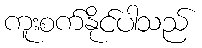
ကူးစက်နိုင်ပါသည်